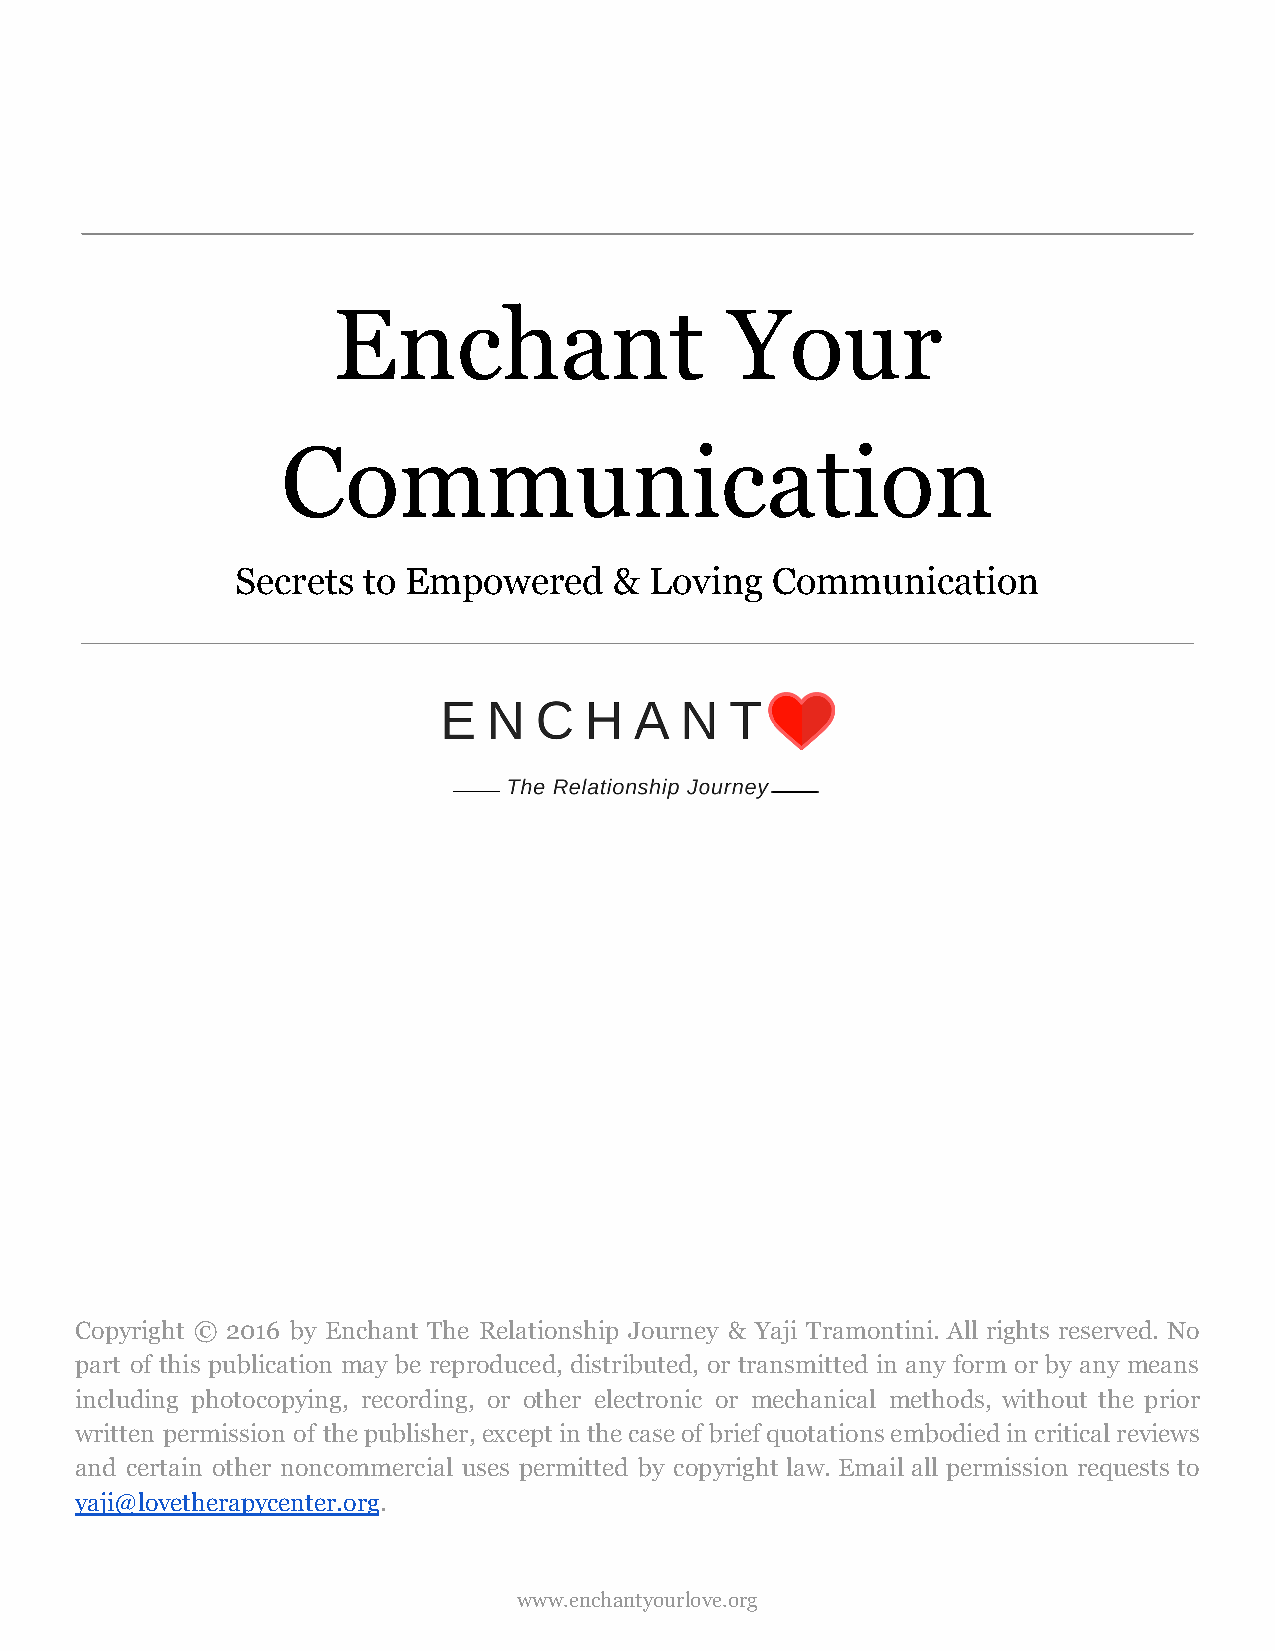
Enchant                   Your
 Communication
 Secrets to Empowered     & Loving  Communication
 Copyright © 2016 by Enchant The Relationship Journey & Yaji Tramontini. All rights reserved. No
 part of this publication may be reproduced, distributed, or transmitted in any form or by any means
 including photocopying, recording, or other electronic or mechanical methods, without the prior
 written permission of thepublisher,exceptinthecaseofbriefquotationsembodiedincriticalreviews
 and certain other noncommercial uses permitted by copyright law. Email all permission requests to
 yaji@lovetherapycenter.org.
 www.enchantyourlove.org